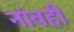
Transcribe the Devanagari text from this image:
नांवही